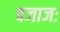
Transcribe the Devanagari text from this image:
बजाजः